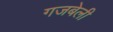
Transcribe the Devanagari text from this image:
गजबेली